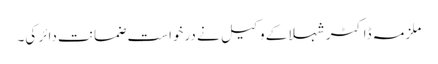
ملزمہ ڈاکٹر شہلا کے وکیل نے درخواست ضمانت دائر کی۔